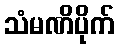
သံမဏိပိုက်